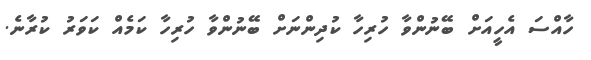
ހާއްސަ އެހީއަށް ބޭނުންވާ ހުރިހާ ކުދިންނަށް ބޭނުންވާ ހުރިހާ ކަމެއް ކަވަރު ކުރާނެ.